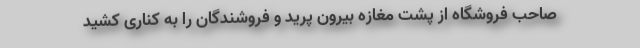
صاحب فروشگاه از پشت مغازه بیرون پرید و فروشندگان را به کناری کشید